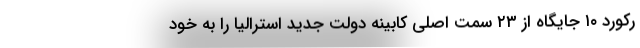
رکورد ۱۰ جایگاه از ۲۳ سمت اصلی کابینه دولت جدید استرالیا را به خود